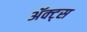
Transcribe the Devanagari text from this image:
ॲक्ट्स